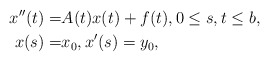
\begin{align*}x''(t)=&A(t)x(t)+f(t), 0\le s, t \le b,\\x(s)=&x_0,x'(s)=y_0,\end{align*}